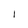
Character: I